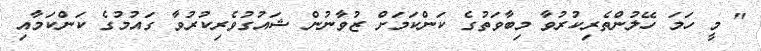
" މީ ހަމަ ހޭލުންތެރިކުރުވާ މިބާވަތުގެ ކަންކަމަށް ޒުވާނުން ޝައުގުވެރިކުރުވާ ގައުމުގެ ކަންކަމާއި